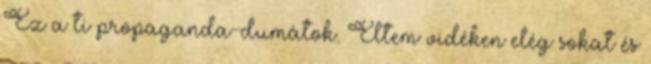
Ez a ti propaganda-dumátok. Éltem vidéken elég sokat és